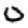
Digit: 0